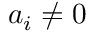
a _ { i } \neq 0